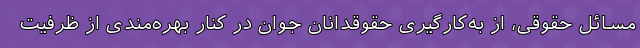
مسائل حقوقی، از به‌کارگیری حقوقدانان جوان در کنار بهره‌مندی از ظرفیت